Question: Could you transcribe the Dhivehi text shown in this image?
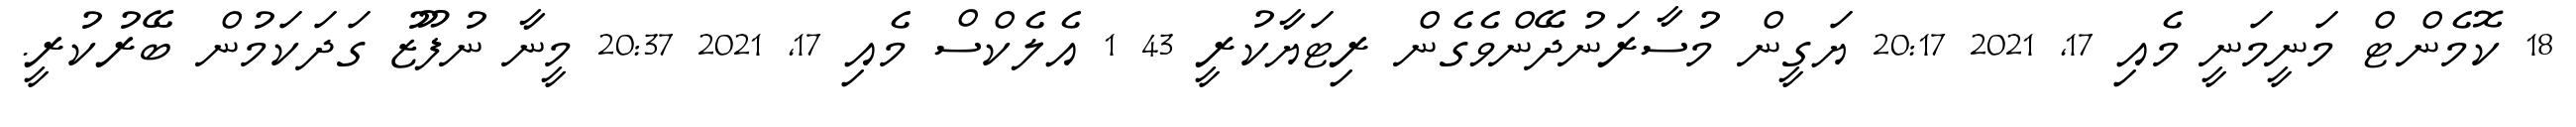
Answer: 18 ކޮމެންޓް މަނީމަނީ މެއި 17, 2021 20:17 ޔަގީން މުސާރަނުދޭންވެގެން ރިޓަޔާކުރީ 43 1 އެލެކްސް މެއި 17, 2021 20:37 މީނާ ނުފޫޒު ގަދަކަމުން ބޭރުކުރީ.